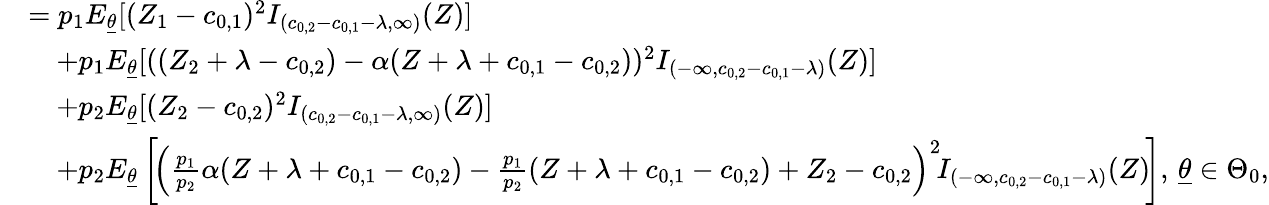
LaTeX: \begin{array}{rl}&{=p_{1}E_{\underline{{\theta}}}[(Z_{1}-c_{0,1})^{2}I_{(c_{0,2}-c_{0,1}-\lambda,\infty)}(Z)]}\\ &{\quad+p_{1}E_{\underline{{\theta}}}[((Z_{2}+\lambda-c_{0,2})-\alpha(Z+\lambda+c_{0,1}-c_{0,2}))^{2}I_{(-\infty,c_{0,2}-c_{0,1}-\lambda)}(Z)]}\\ &{\quad+p_{2}E_{\underline{{\theta}}}[(Z_{2}-c_{0,2})^{2}I_{(c_{0,2}-c_{0,1}-\lambda,\infty)}(Z)]}\\ &{\quad+p_{2}E_{\underline{{\theta}}}\left[\! \left(\frac{p_{1}}{p_{2}}\alpha(Z+\lambda+c_{0,1}-c_{0,2})-\frac{p_{1}}{p_{2}}(Z+\lambda+c_{0,1}-c_{0,2})+Z_{2}-c_{0,2}\right)^{2}\! I_{(-\infty,c_{0,2}-c_{0,1}-\lambda)}(Z)\! \right],\, \underline{{\theta}}\in\Theta_{0},}\end{array}